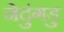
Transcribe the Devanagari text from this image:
नेदुंगडु